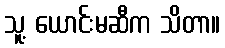
သူ့ ယောင်းမဆီက သိတာ။